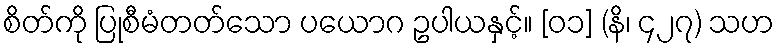
စိတ်ကို ပြုစီမံတတ်သော ပယောဂ ဥပါယနှင့်။ [၀၁] (နိ၊ ၄၂၇) သဟ